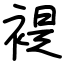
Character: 褆